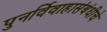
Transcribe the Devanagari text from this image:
पुनर्विवाहासंबंधीचे